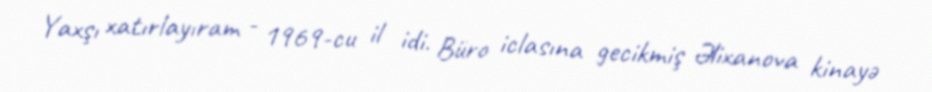
Yaxşı xatırlayıram - 1969-cu il idi. Büro iclasına gecikmiş Əlixanova kinayə